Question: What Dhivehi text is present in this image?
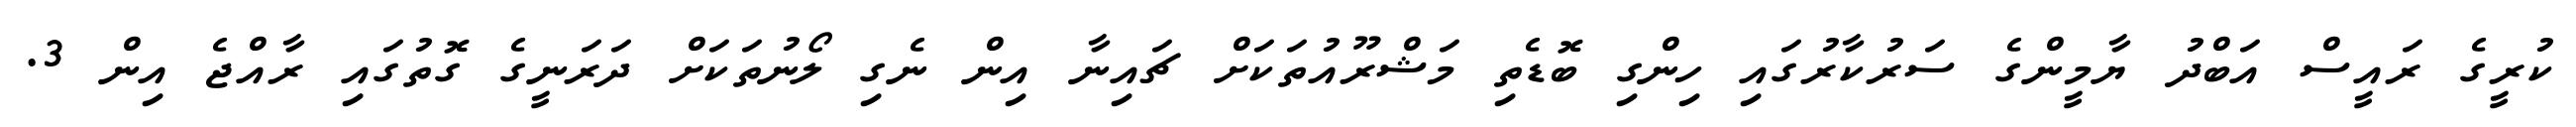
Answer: ކުރީގެ ރައީސް އަބްދު ޔާމީންގެ ސަރުކާރުގައި ހިންގި ބޮޑެތި މަޝްރޫއުތަކަށް ޗައިނާ އިން ނެގި ލޯނުތަކަށް ދަރަނީގެ ގޮތުގައި ރާއްޖެ އިން 3.